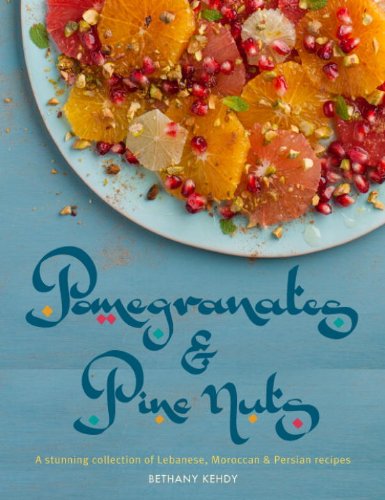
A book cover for Pomegranates & Pine Nuts: A stunning collection of Lebanese, Moroccan and Persian recipes; Bethany Kehdy; Cookbooks, Food & Wine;